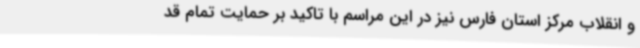
و انقلاب مرکز استان فارس نیز در این مراسم با تاکید بر حمایت تمام قد